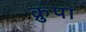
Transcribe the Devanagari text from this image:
क्रुपा